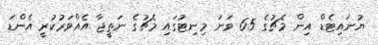
ޔުނައިޓެޑް އިން މެޗުގެ 65 ވަނަ މިނިޓުގައި މެޗުގެ ނަތީޖާ އެއްވަރުކުރީ އެންޑަ